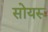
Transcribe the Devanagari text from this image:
सोयरू